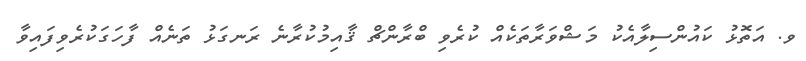
ވ. އަތޮޅު ކައުންސިލާއެކު މަޝްވަރާތަކެއް ކުރެވި ބްރާންޗް ޤާއިމުކުރާނެ ރަނގަޅު ތަނެއް ފާހަގަކުރެވިފައިވާ